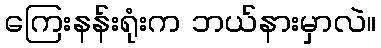
ကြေးနန်းရုံးက ဘယ်နားမှာလဲ။